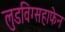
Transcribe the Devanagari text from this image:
लुडविग्सहाफेन